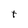
Character: t